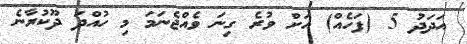
އަދަދު 5 (ފަހެއް) އަށް ވުރެ ގިނަ ވެއްޖެނަމަ މި ހުއްދަ ދޫކުރާނެ